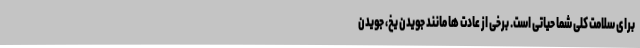
برای سلامت کلی شما حیاتی است. برخی از عادت ها مانند جویدن یخ، جویدن